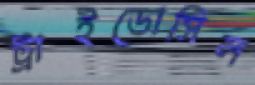
ট্রাইডোসিল